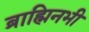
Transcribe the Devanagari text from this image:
ब्राह्मिनभी